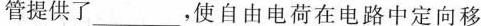
管提供了 ___ ,使自由电荷在电路中定向移